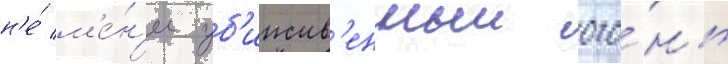
н'е́ м'е́н'ее уб'ииств'енныи ого́нь